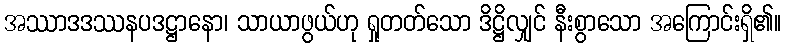
အဿာဒဒဿနပဒဋ္ဌာနော၊ သာယာဖွယ်ဟု ရှုတတ်သော ဒိဋ္ဌိလျှင် နီးစွာသော အကြောင်းရှိ၏။